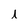
Character: l